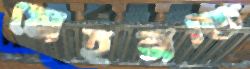
মেহনতি